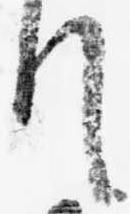
て